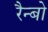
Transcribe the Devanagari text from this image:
रैन्बो